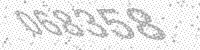
Solution: 068358